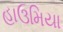
હાઉમિયા